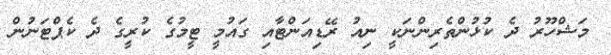
މަޝްހޫރު ދެ ކުޅުންތެރިންނަކީ ނިއު ރޭޑިއަންޓާއި ގައުމީ ޓީމުގެ ކުރީގެ ދެ ކެޕްޓަނުން